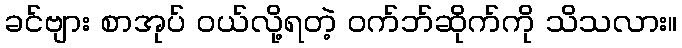
ခင်ဗျား စာအုပ် ဝယ်လို့ရတဲ့ ဝက်ဘ်ဆိုက်ကို သိသလား။